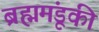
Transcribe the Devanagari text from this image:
ब्रह्ममंडूकी